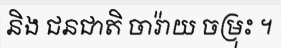
និង ជនជាតិ ចារ៉ាយ ចម្រុះ ។